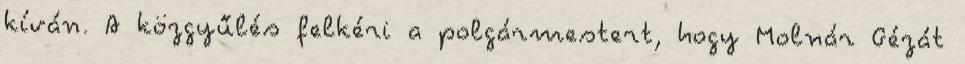
kíván. A közgyűlés felkéri a polgármestert, hogy Molnár Gézát